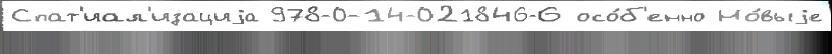
Спат'иал'изациjа 978-0-14-021846-6 осо́б'енно Но́выjе